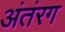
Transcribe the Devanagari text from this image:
अंतंरग